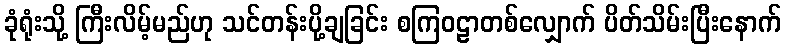
ခုံရုံးသို့ ကြီးလိမ့်မည်ဟု သင်တန်းပို့ချခြင်း စကြဝဠာတစ်လျှောက် ပိတ်သိမ်းပြီးနောက်